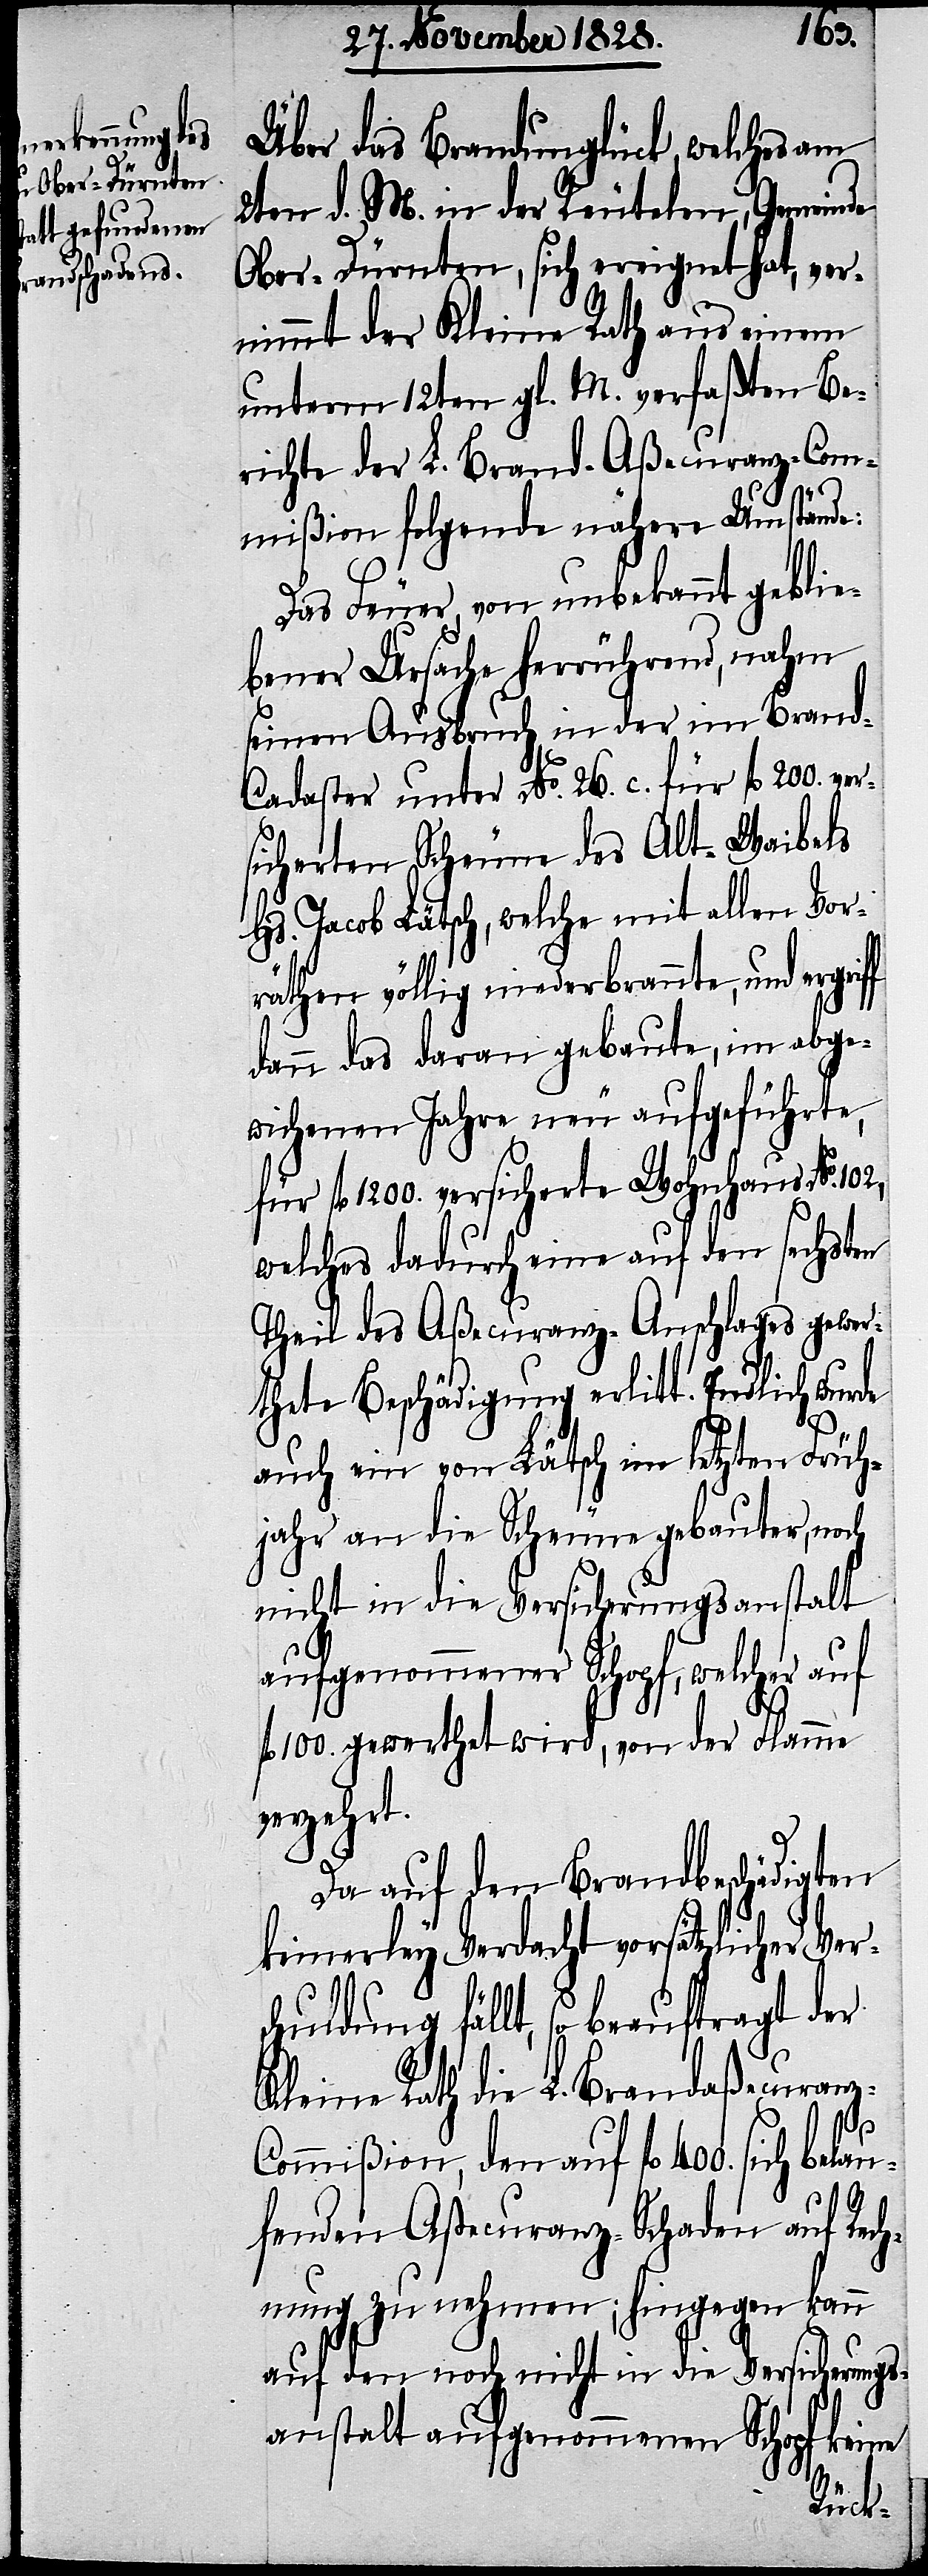
102,
Über das Brandunglück, welches am
2ten d. M. in der Reutelen, Gemeinde
Ober-Dürnten, sich ereignet, hat, ver¬
nimmt der Kleine Rath aus einem
unterm 12ten gl. M. verfaßten Be¬
richte der L. Brand-Aßecuranz-Com¬
mißion folgende nähere Umstände:
Das Feuer, von unbekannt geblie¬
bener Ursache herrührend, nahm
seinen Ausbruch in der im Bran¬
d-Cadaster unter No. 26. c. für fl. 200. ver¬
sicherten Scheune des Alt-Waibels
Hs. Jacob Lätsch, welche mit allen Vor¬
räthen völlig niederbrannte, und erg¬
dann das daran gebaute, im abge¬
wichenen Jahre neu aufgeführte,
für fl. 1200. versicherte Wohnhause No.
welches dadurch eine auf den sechsten
Theil des Aßecuranz-Anschlages gewer¬
thete Beschädigung erlitt. Endlich wurde
auch ein von Lätsch im letzten Früh¬
jahr an die Scheune gebauter, noch
nicht in die Versicherungsanstalt
aufgenommener Schopf, welcher auf
fl. 100. gewerthet wird, von der Flamme
verzehrt.
Da auf den Brandbeschädigten
keinerley Verdacht vorsätzlicher
chuldung fällt, so beauftragt der
Kleine Rath die L. Brandaßecuran¬
z-Commißion, den auf fl. 400. sich belau¬
fenden Aßecuranz-Schaden auf Rech¬
nung zu nehmen; hingegen kann
auf den noch nicht in die Versicherungs¬
anstalt aufgenommenen Schopf keine
Vers¬